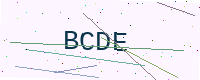
Text: BCDE